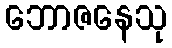
ဘောဇနေသု